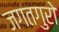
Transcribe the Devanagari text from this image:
जगतगुरो